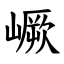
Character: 嶥